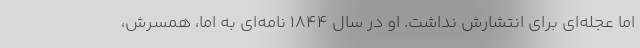
اما عجله‌ای برای انتشارش نداشت. او در سال ۱۸۴۴ نامه‌ای به اما، همسرش،